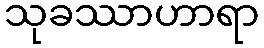
သုခဿာဟာရာ